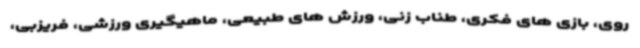
روی، بازی های فکری، طناب زنی، ورزش های طبیعی، ماهیگیری ورزشی، فریزبی،